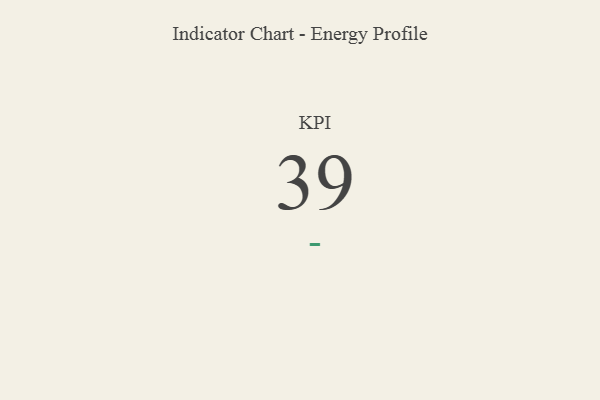
{"axis": {"x": "KPI", "y": "Value"}, "legend": [""], "data": [{"x": "KPI", "y": 39, "type": ""}]}